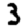
Digit: 3